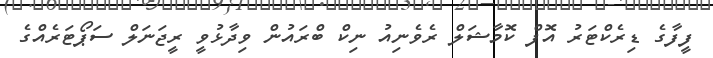
ފީފާގެ ޑިރެކްޓަރު އޮފް ކޮމާޝަލް ރެވެނިއު ނިކް ބްރައުން ވިދާޅުވީ ރީޖަނަލް ސަޕޯޓަރެއްގެ